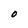
Character: O